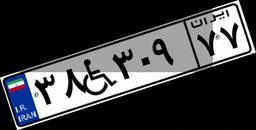
۳۸W۳۰۹۷۷